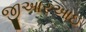
જીઆરઆઇ